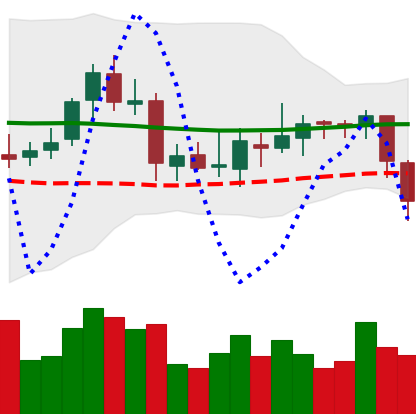
Ticker: ETC-USD
Chart end date: 2018-08-01
Forward return: 20.613%
Label: up_7plus